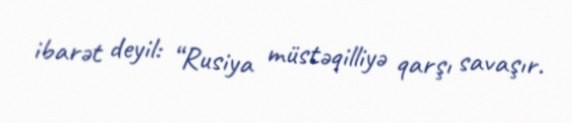
ibarət deyil: “Rusiya müstəqilliyə qarşı savaşır.